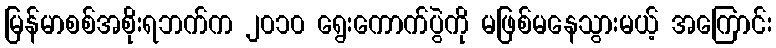
မြန်မာစစ်အစိုးရဘက်က ၂၀၁၀ ရွေးကောက်ပွဲကို မဖြစ်မနေသွားမယ့် အကြောင်း